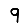
Digit: 9